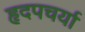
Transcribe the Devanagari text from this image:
हृदपचर्या